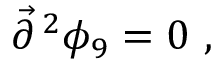
{ \vec { \partial } } ^ { \, 2 } \phi _ { 9 } = 0 \ ,